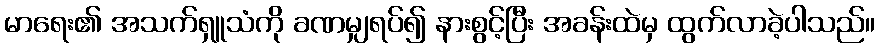
မာရေး၏ အသက်ရှူသံကို ခဏမျှရပ်၍ နားစွင့်ပြီး အခန်းထဲမှ ထွက်လာခဲ့ပါသည်။